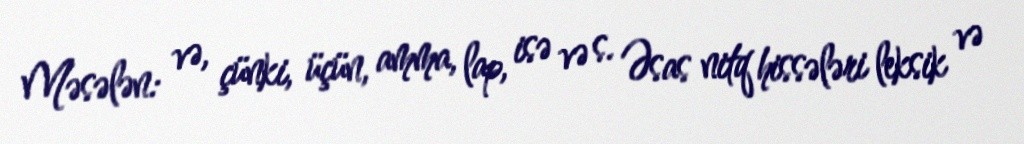
Məsələn: və, çünki, üçün, amma, lap, isə və s. Əsas nitq hissələri leksik və